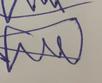
Signature authenticity: forged